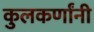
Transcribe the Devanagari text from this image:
कुलकर्णांनी